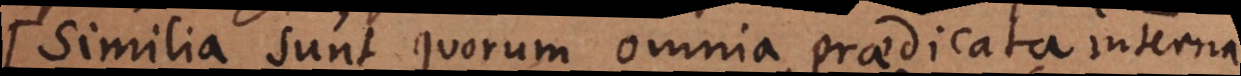
Similia sunt quorum omnia praedicata interna